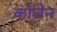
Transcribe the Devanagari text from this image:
कॉलेन